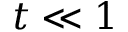
t \ll 1